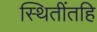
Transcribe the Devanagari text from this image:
स्थितींतहि